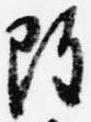
雖